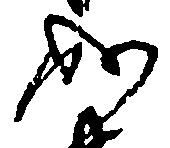
成